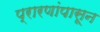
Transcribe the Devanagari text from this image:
प्रारणांपासून